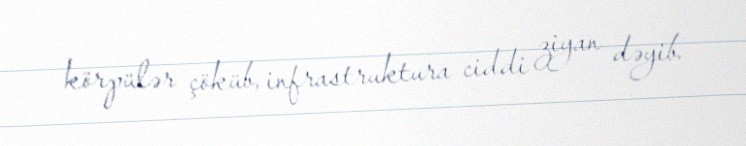
körpülər çöküb, infrastruktura ciddi ziyan dəyib.